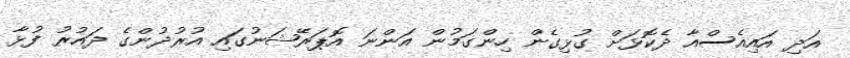
އަދި އައިއެސްއާ ދެކޮޅަށް ގުޅިގެން ހިންގަމުން އަންނަ އޮޕަރޭޝަނުގައި އުރުދުންގެ ދައުރު ފުޅާ